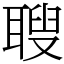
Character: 䏂